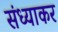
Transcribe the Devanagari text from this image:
संध्याकर